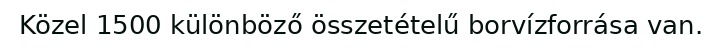
Közel 1500 különböző összetételű borvízforrása van.